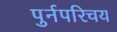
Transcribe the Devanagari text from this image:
पुर्नपरिचय